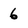
Character: 6